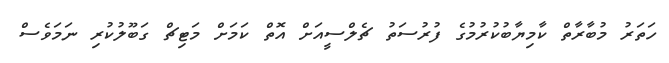
ހަތަރު މުބާރާތް ކާމިޔާބުކުރުމުގެ ފުރުސަތު ޗެލްސީއަށް އޮތް ކަމަށް މަޓިޗް ގަބޫލުކުރި ނަމަވެސް